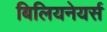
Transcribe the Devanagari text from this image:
बिलियनेयर्स